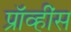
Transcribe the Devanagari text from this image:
प्रॉव्हींस